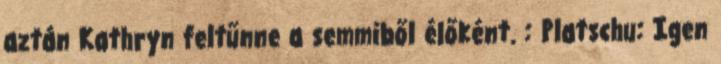
aztán Kathryn feltűnne a semmiből élőként. : Platschu: Igen